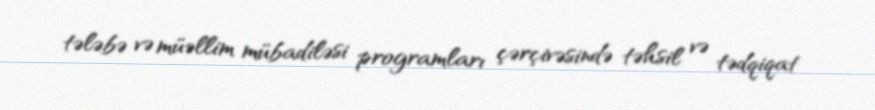
tələbə və müəllim mübadiləsi programları çərçivəsində təhsil və tədqiqat